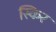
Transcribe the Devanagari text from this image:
स्किर